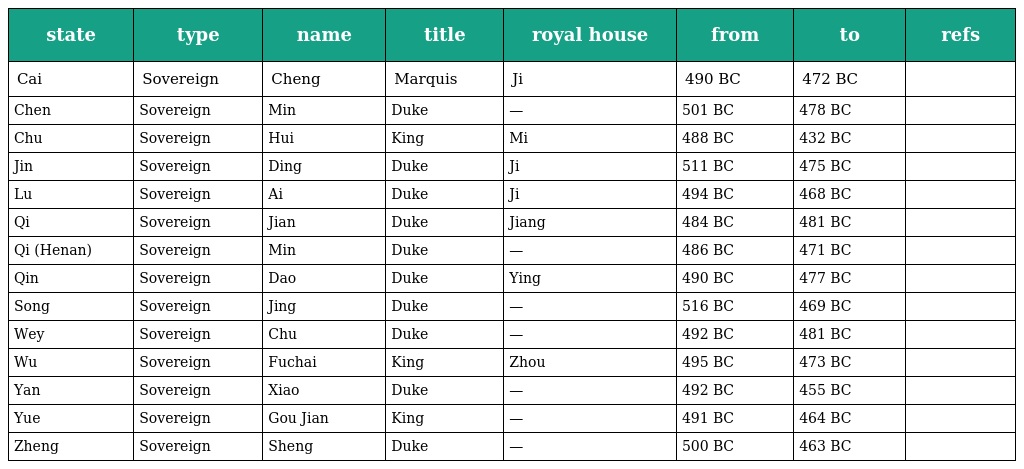
| state | type | name | title | royal house | from | to | refs |
 | --- | --- | --- | --- | --- | --- | --- | --- |
 | Cai | Sovereign | Cheng | Marquis | Ji | 490 BC | 472 BC |  |
 | Chen | Sovereign | Min | Duke | — | 501 BC | 478 BC |  |
 | Chu | Sovereign | Hui | King | Mi | 488 BC | 432 BC |  |
 | Jin | Sovereign | Ding | Duke | Ji | 511 BC | 475 BC |  |
 | Lu | Sovereign | Ai | Duke | Ji | 494 BC | 468 BC |  |
 | Qi | Sovereign | Jian | Duke | Jiang | 484 BC | 481 BC |  |
 | Qi (Henan) | Sovereign | Min | Duke | — | 486 BC | 471 BC |  |
 | Qin | Sovereign | Dao | Duke | Ying | 490 BC | 477 BC |  |
 | Song | Sovereign | Jing | Duke | — | 516 BC | 469 BC |  |
 | Wey | Sovereign | Chu | Duke | — | 492 BC | 481 BC |  |
 | Wu | Sovereign | Fuchai | King | Zhou | 495 BC | 473 BC |  |
 | Yan | Sovereign | Xiao | Duke | — | 492 BC | 455 BC |  |
 | Yue | Sovereign | Gou Jian | King | — | 491 BC | 464 BC |  |
 | Zheng | Sovereign | Sheng | Duke | — | 500 BC | 463 BC |  |